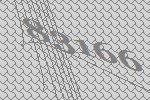
83166